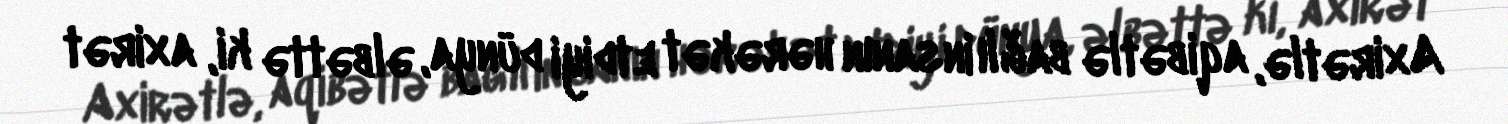
Axirətlə, aqibətlə bağlı insanın hərəkət etdiyi dünya, əlbəttə ki, axirət